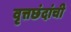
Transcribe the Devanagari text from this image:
वृत्तछंदांची